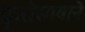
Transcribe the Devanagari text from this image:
कुरोसावाने